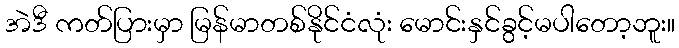
အဲဒီ ကတ်ပြားမှာ မြန်မာတစ်နိုင်ငံလုံး မောင်းနှင်ခွင့်မပါတော့ဘူး။